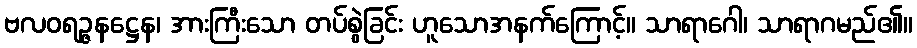
ဗလဝရဉ္ဇနဋ္ဌေန၊ အားကြီးသော တပ်စွဲခြင်း ဟူသောအနက်ကြောင့်။ သာရာဂေါ၊ သာရာဂမည်၏။